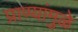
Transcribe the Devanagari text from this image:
प्राण्यांमुळे